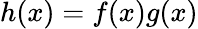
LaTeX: h(x)=f(x)g(x)